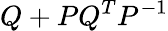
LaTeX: Q+PQ^{T}P^{-1}